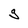
Character: g